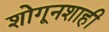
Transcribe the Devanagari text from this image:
शोगूनशाही